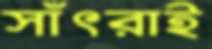
সাঁৎরাই